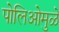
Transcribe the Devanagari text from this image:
पोलिओमुळे